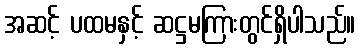
အဆင့် ပထမနှင့် ဆဋ္ဌမကြားတွင်ရှိပါသည်။